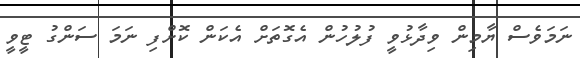
ނަމަވެސް ޔާމިން ވިދާޅުވީ ފުލުހުން އެގޮތަށް އެކަން ކޮށްފި ނަމަ ސަންގު ޓީވީ